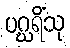
ပဂ္ဃရိံသု